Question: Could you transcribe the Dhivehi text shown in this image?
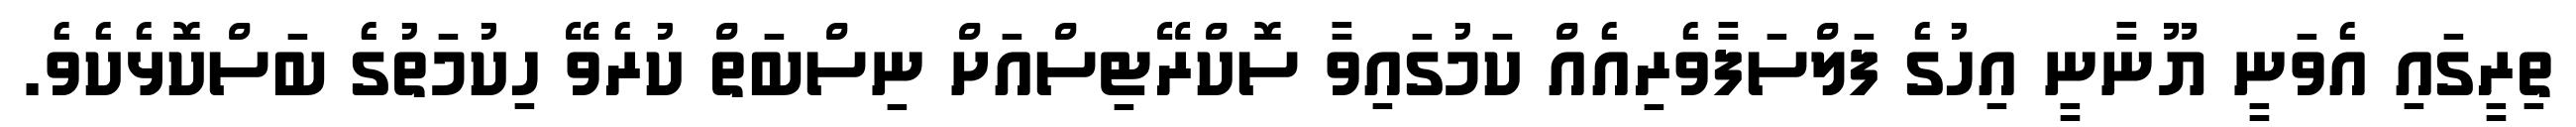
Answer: ތިރީގައި އެވަނީ ޔޫނާނީ އިހުގެ ފަލްސަފާވެރިއެއް ކަމުގައިވާ ސޮކްރޭޓިސްއަށް ނިސްބަތް ކުރެވޭ ހިކުމަތުގެ ބަސްކޮޅެކެވެ.